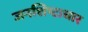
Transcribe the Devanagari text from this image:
जनशिष्टाचार